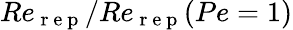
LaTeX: Re_{\mathrm{~r~e~p~}}/Re_{\mathrm{~r~e~p~}}(Pe=1)